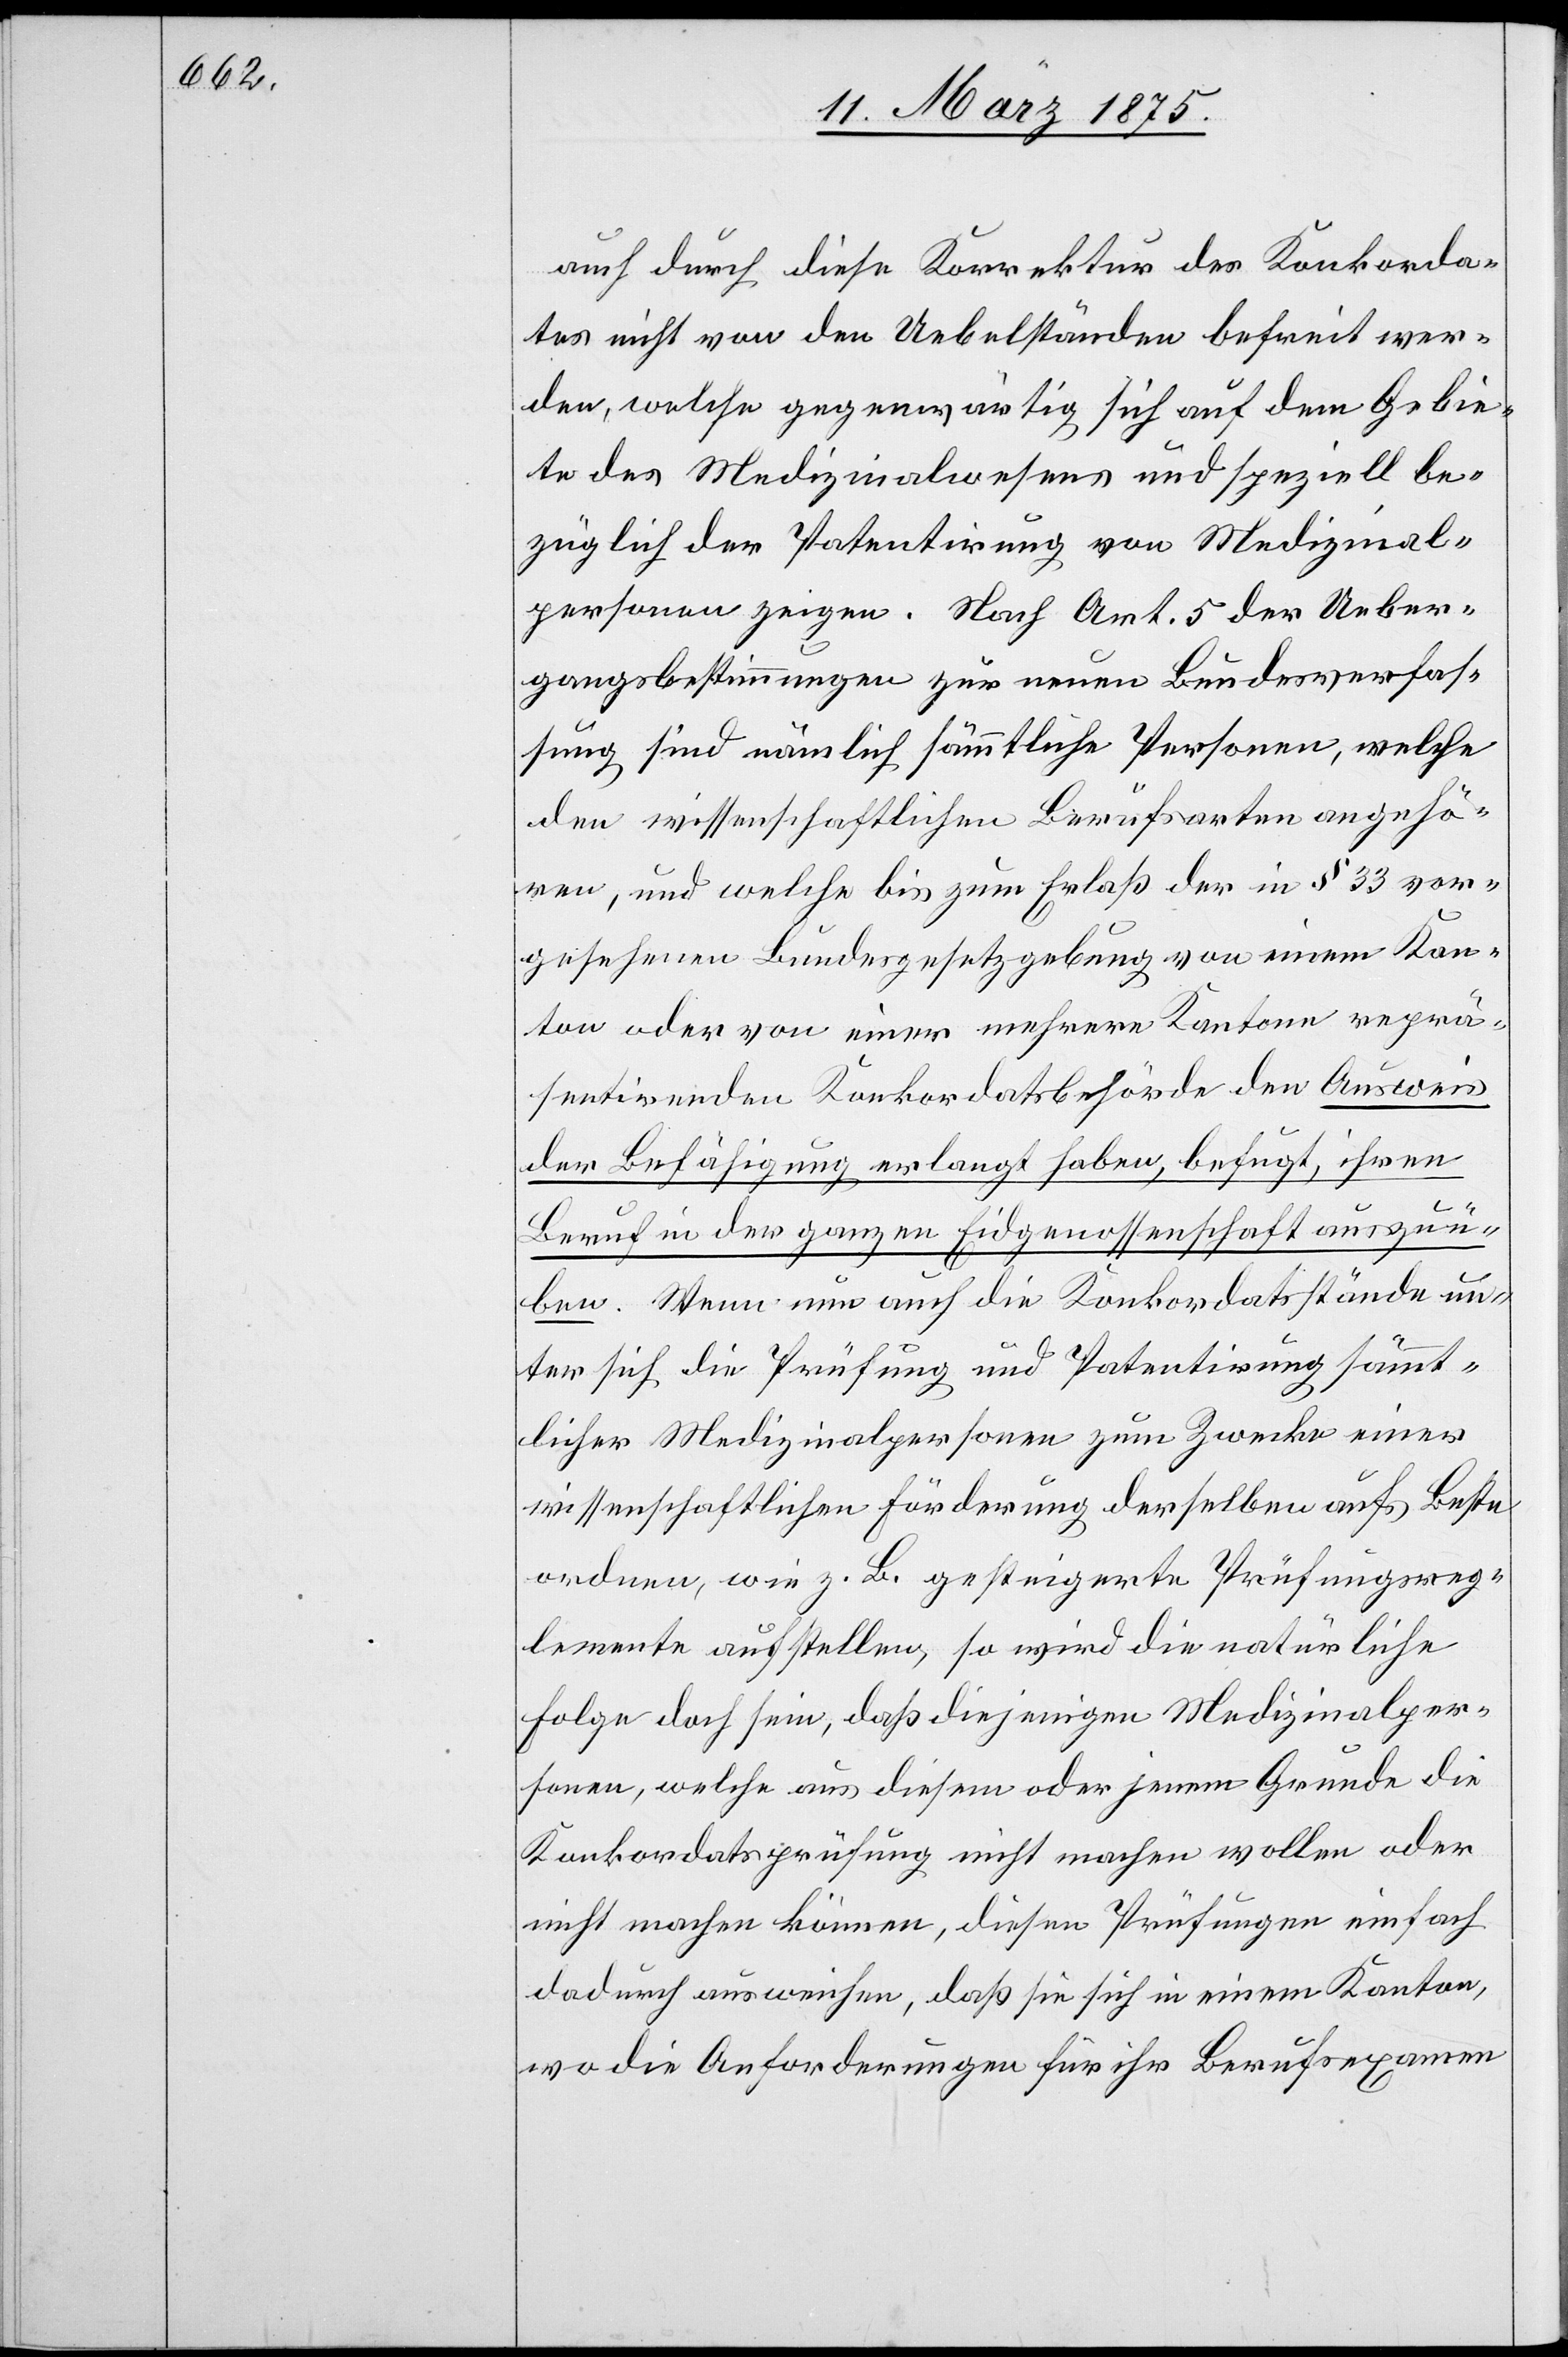
auch durch diese Korrektur des Konkorda¬
tes nicht von den Uebelständen befreit wer¬
den, welche gegenwärtig sich auf dem Gebie¬
te des Medizinalwesens und speziell be¬
züglich der Patentirung von Medizinal¬
personen zeigen. Nach Art. 5 der Ueber¬
gangsbestimmungen zur neuen Bundesverfas¬
sung sind nämlich sämmtliche Personen, welche
den wissenschaftlichen Berufsarten angehö¬
ren, und welche bis zum Erlaß der in § 33 vor¬
gesehenen Bundesgesetzgebung von einem Kan¬
ton oder von einer mehrere Kantone reprä¬
sentirenden Konkordatsbehörde den Ausweis
der Befähigung erlangt haben, befugt, ihren
Beruf in der ganzen Eidgenossenschaft auszuü¬
ben. Wenn nun auch die Konkordatsstände un¬
ter sich die Prüfung und Patentirung sämmt¬
licher Medizinalpersonen zum Zwecke einer
wissenschaftlichen Förderung derselben aufs Beste
ordnen, wie z. B. gesteigerte Prüfungsreg¬
lemente aufstellen, so wird die natürliche
Folge doch sein, daß diejenigen Medizinalper¬
sonen, welche aus diesem oder jenem Grunde die
Konkordatsprüfung nicht machen wollen oder
nicht machen können, diesen Prüfungen einfach
dadurch ausweichen, daß sie sich in einem Kanton,
wo die Anforderungen für ihr Berufsexamen